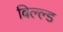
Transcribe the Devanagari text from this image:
बिल्ल्ड